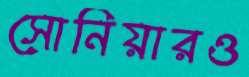
সোনিয়ারও